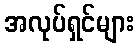
အလုပ်ရှင်များ